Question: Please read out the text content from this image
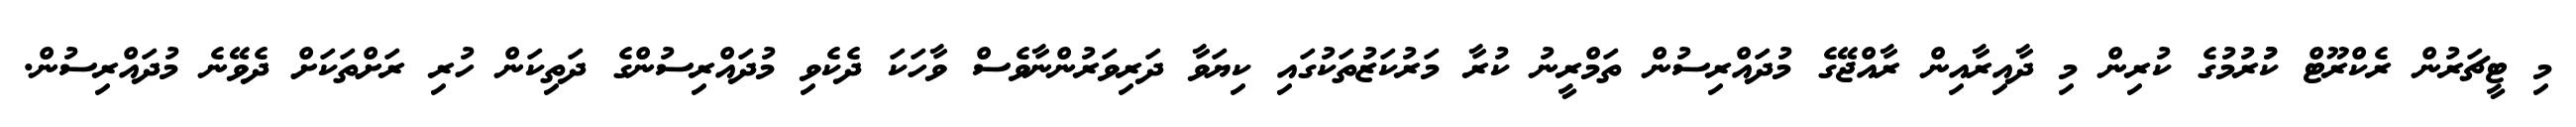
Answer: މި ޓީޗަރުން ރެކްރޫޓް ކުުރުމުގެ ކުރިން މި ދާއިރާއިން ރާއްޖޭގެ މުދައްރިސުން ތަމްރީނު ކުރާ މަރުކަޒުތަކުގައި ކިޔަވާ ދަރިވަރުންނާވެސް ވާހަކަ ދެކެވި މުދައްރިސުންގެ ދަތިކަން ހުރި ރަށްތަކަށް ދެވޭނެ މުދައްރިސުން.